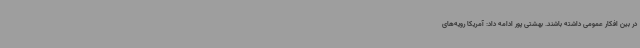
در بین افکار عمومی داشته باشند. بهشتی پور ادامه داد: آمریکا رویه‌های